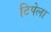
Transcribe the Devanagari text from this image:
टिपेला